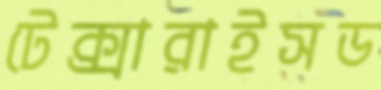
টেক্সারাইসড